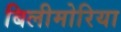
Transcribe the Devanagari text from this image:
बिलीमोरिया